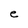
Character: e